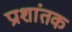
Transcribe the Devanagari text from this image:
प्राशांतक